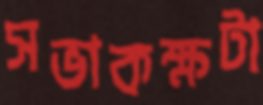
সভাকক্ষটা